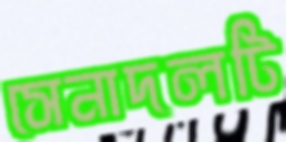
সেনাদলটি